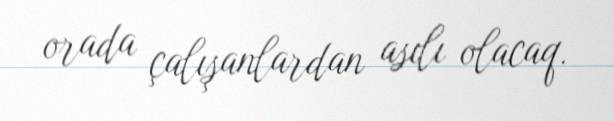
orada çalışanlardan asılı olacaq.